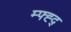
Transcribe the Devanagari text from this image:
म्फ्ह्द्